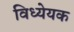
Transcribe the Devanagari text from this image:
विध्येयक